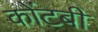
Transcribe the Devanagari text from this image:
कोंटबी